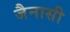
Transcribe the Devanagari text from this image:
जैनासी